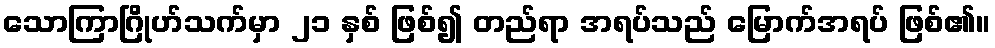
သောကြာဂြိုဟ်သက်မှာ ၂၁ နှစ် ဖြစ်၍ တည်ရာ အရပ်သည် မြောက်အရပ် ဖြစ်၏။